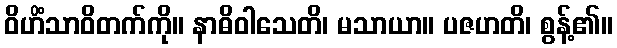
ဝိဟိံသာဝိတက်ကို။ နာဓိဝါသေတိ၊ မသာယာ။ ပဇဟတိ၊ စွန့်၏။